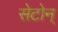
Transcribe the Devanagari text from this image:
सेटोन्